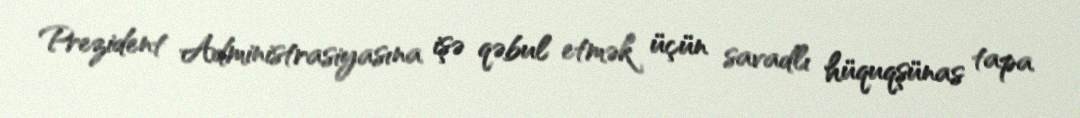
Prezident Administrasiyasına işə qəbul etmək üçün savadlı hüquqşünas tapa